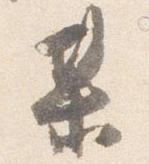
某